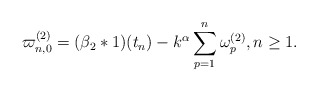
\begin{align*} \varpi_{n,0}^{(2)} = ( \beta_2 \ast 1 )(t_n) - k^{\alpha}\sum\limits_{p=1}^{n} \omega_{p}^{(2)}, n\geq 1. \end{align*}